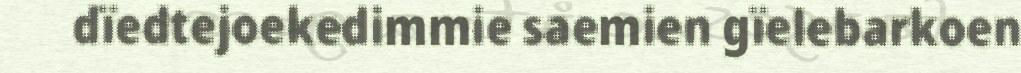
dïedtejoekedimmie saemien gïelebarkoen